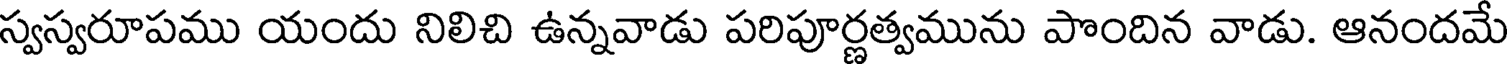
స్వస్వరూపము యందు నిలిచి ఉన్నవాడు పరిపూర్ణత్వమును పొందిన వాడు. ఆనందమే